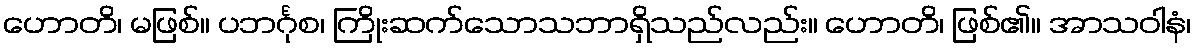
ဟောတိ၊ မဖြစ်။ ပဘင်္ဂုစ၊ ကြိုးဆက်သောသဘာရှိသည်လည်း။ ဟောတိ၊ ဖြစ်၏။ အာသဝါနံ၊